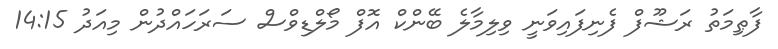
ފާޠިމަތު ރަޝޫފް ފެނިފައިވަނީ ވިލިމާލެ ބޭންކް އޮފް މޯލްޑިވްސް ސަރަހައްދުން މިއަދު 14:15